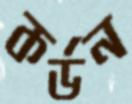
কর্ডন